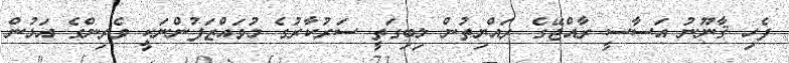
ފެހި ޤާނޫނު އަސާސީ ރާއްޖޭގެ ރައްޔިތުން ލިބިގަތީ ސަރުކާރުގެ މުވައްޒަފުންނަކީ ވެރިންގެ އަޅުން